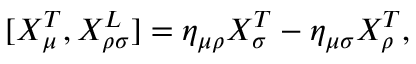
[ { \cal X } _ { \mu } ^ { T } , { \cal X } _ { \rho \sigma } ^ { L } ] = \eta _ { \mu \rho } { \cal X } _ { \sigma } ^ { T } - \eta _ { \mu \sigma } { \cal X } _ { \rho } ^ { T } ,